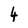
Character: 4